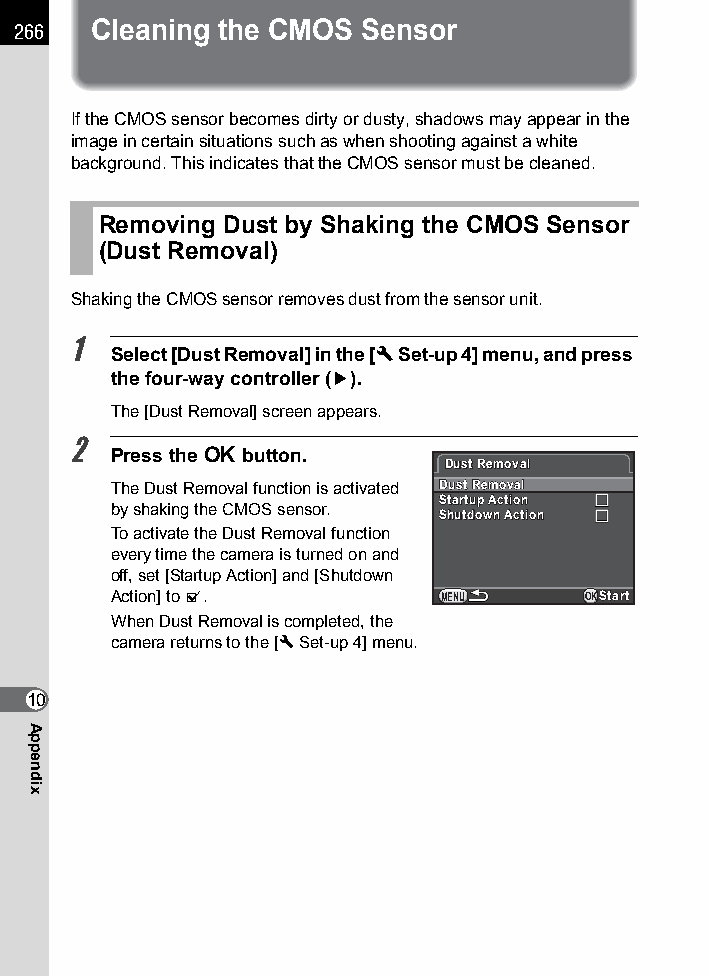
266  Cleaning the CMOS Sensor
 If the CMOS sensor becomes dirty or dusty, shadows may appear in the
 image in certain situations such as when shooting against a white
 background. This indicates that the CMOS sensor must be cleaned.
 Removing Dust by Shaking the CMOS Sensor
 (Dust Removal)
 Shaking the CMOS sensor removes dust from the sensor unit.
 1
 Select [Dust Removal] in the [R Set-up 4] menu, and press
 the four-way controller (5).
 The [Dust Removal] screen appears.
 2
 Press the 4 button.
 DDuusstt RReemmoovvaall
 The Dust Removal function is activated DDuusstt RReemmoovvaall
 SSttaarrttuupp AAccttiioonn
 by shaking the CMOS sensor.
 SShhuuttddoowwnn AAccttiioonn
 To activate the Dust Removal function
 every time the camera is turned on and
 off, set [Startup Action] and [Shutdown
 Action] to O.         MENU     OKSSttaarrtt
 When Dust Removal is completed, the
 camera returns to the [R Set-up 4] menu.
 10
 Appendix